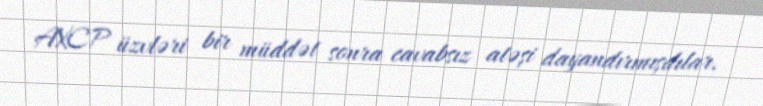
AXCP üzvləri bir müddət sonra cavabsız atəşi dayandırmışdılar.